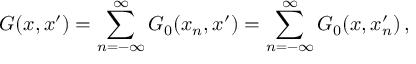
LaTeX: G ( x , x ^ { \prime } ) = \sum _ { n = - \infty } ^ { \infty } G _ { 0 } ( x _ { n } , x ^ { \prime } ) = \sum _ { n = - \infty } ^ { \infty } G _ { 0 } ( x , x _ { n } ^ { \prime } ) \, ,